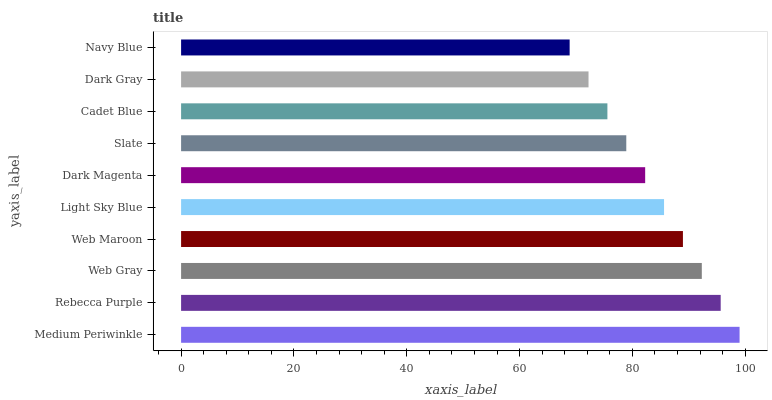
| yaxis_label | bars |
 | --- | --- |
 | Medium Periwinkle | 99 |
 | Rebecca Purple | 95.7 |
 | Web Gray | 92.3 |
 | Web Maroon | 89 |
 | Light Sky Blue | 85.6 |
 | Dark Magenta | 82.3 |
 | Slate | 78.9 |
 | Cadet Blue | 75.6 |
 | Dark Gray | 72.2 |
 | Navy Blue | 68.9 |